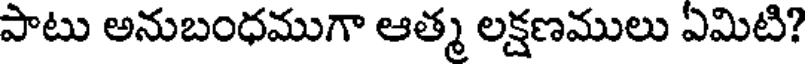
పాటు అనుబంధముగా ఆత్మ లక్షణములు ఏమిటి?